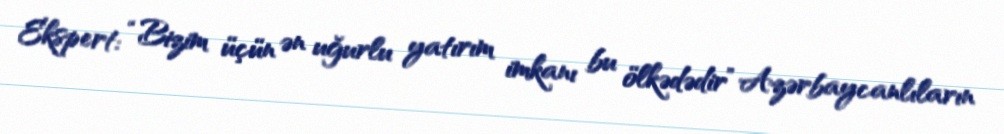
Ekspert: “Bizim üçün ən uğurlu yatırım imkanı bu ölkədədir” Azərbaycanlıların